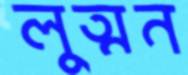
লুত্মন